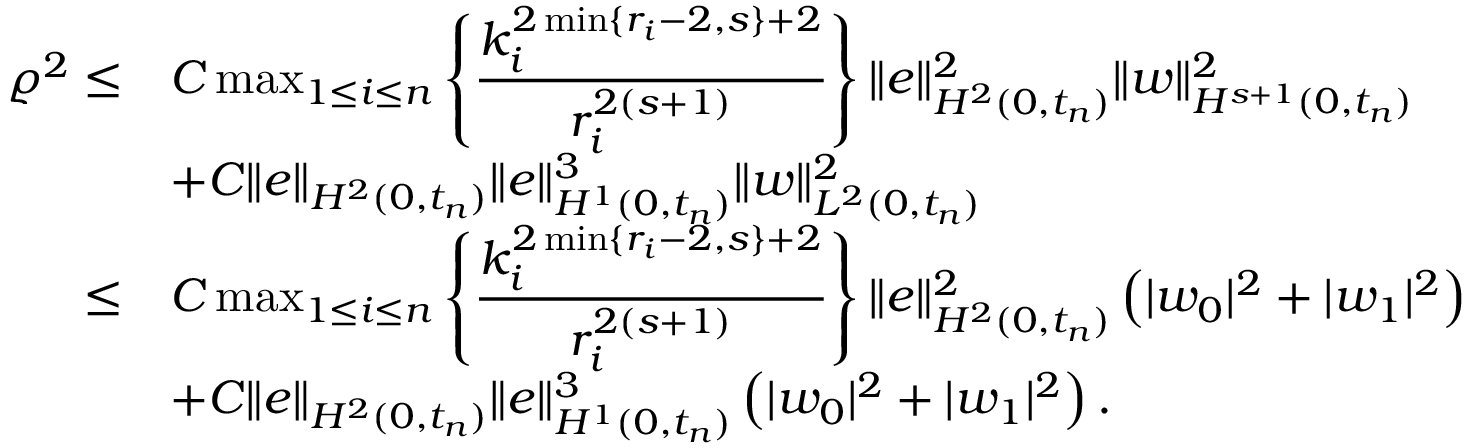
\begin{array} { r } { \begin{array} { r l } { { \varrho } ^ { 2 } \le } & { C \operatorname* { m a x } _ { 1 \leq i \leq n } \left\{ \displaystyle \frac { k _ { i } ^ { 2 \operatorname* { m i n } \{ r _ { i } - 2 , s \} + 2 } } { r _ { i } ^ { 2 ( s + 1 ) } } \right\} \| e \| _ { H ^ { 2 } ( 0 , t _ { n } ) } ^ { 2 } \| w \| _ { H ^ { s + 1 } ( 0 , t _ { n } ) } ^ { 2 } } \\ & { + C \| e \| _ { H ^ { 2 } ( 0 , t _ { n } ) } \| e \| _ { H ^ { 1 } ( 0 , t _ { n } ) } ^ { 3 } \| w \| _ { L ^ { 2 } ( 0 , t _ { n } ) } ^ { 2 } } \\ { \le } & { C \operatorname* { m a x } _ { 1 \leq i \leq n } \left\{ \displaystyle \frac { k _ { i } ^ { 2 \operatorname* { m i n } \{ r _ { i } - 2 , s \} + 2 } } { r _ { i } ^ { 2 ( s + 1 ) } } \right\} \| e \| _ { H ^ { 2 } ( 0 , t _ { n } ) } ^ { 2 } \left( | w _ { 0 } | ^ { 2 } + | w _ { 1 } | ^ { 2 } \right) } \\ & { + C \| e \| _ { H ^ { 2 } ( 0 , t _ { n } ) } \| e \| _ { H ^ { 1 } ( 0 , t _ { n } ) } ^ { 3 } \left( | w _ { 0 } | ^ { 2 } + | w _ { 1 } | ^ { 2 } \right) . } \end{array} } \end{array}